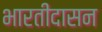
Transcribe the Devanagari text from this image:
भारतीदासन